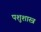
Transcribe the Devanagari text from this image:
पशुशास्त्र